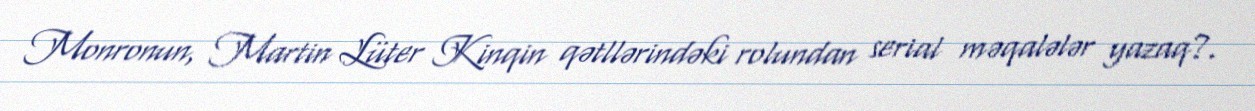
Monronun, Martin Lüter Kinqin qətllərindəki rolundan serial məqalələr yazaq?.